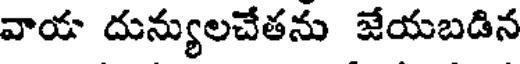
వాయ దున్యులచేతను జేయబడిన